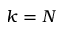
k = N